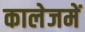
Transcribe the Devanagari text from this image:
कालेजमें